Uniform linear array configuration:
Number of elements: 4
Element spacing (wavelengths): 0.25
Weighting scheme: uniform
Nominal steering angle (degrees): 45
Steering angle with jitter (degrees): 45.805
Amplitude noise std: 0.05
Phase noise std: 0.05

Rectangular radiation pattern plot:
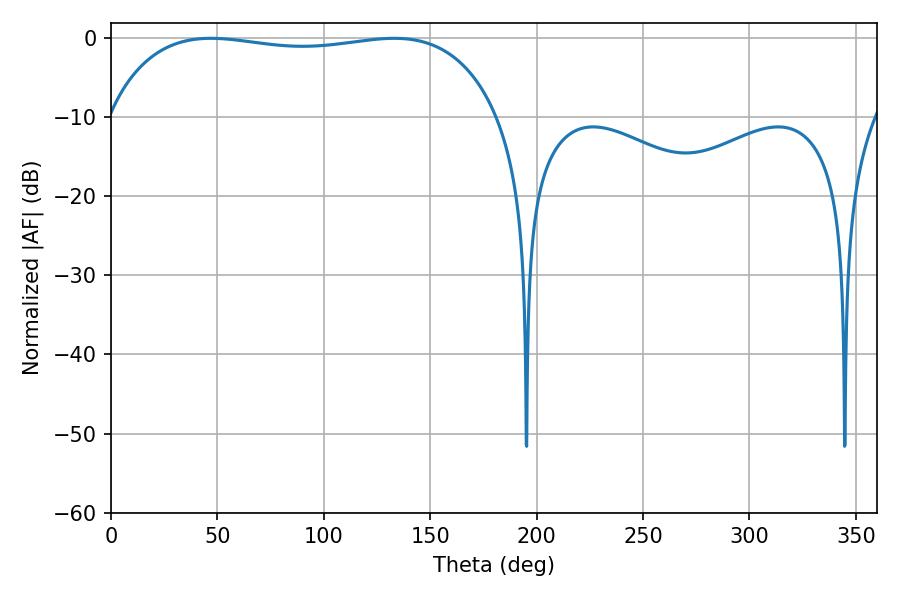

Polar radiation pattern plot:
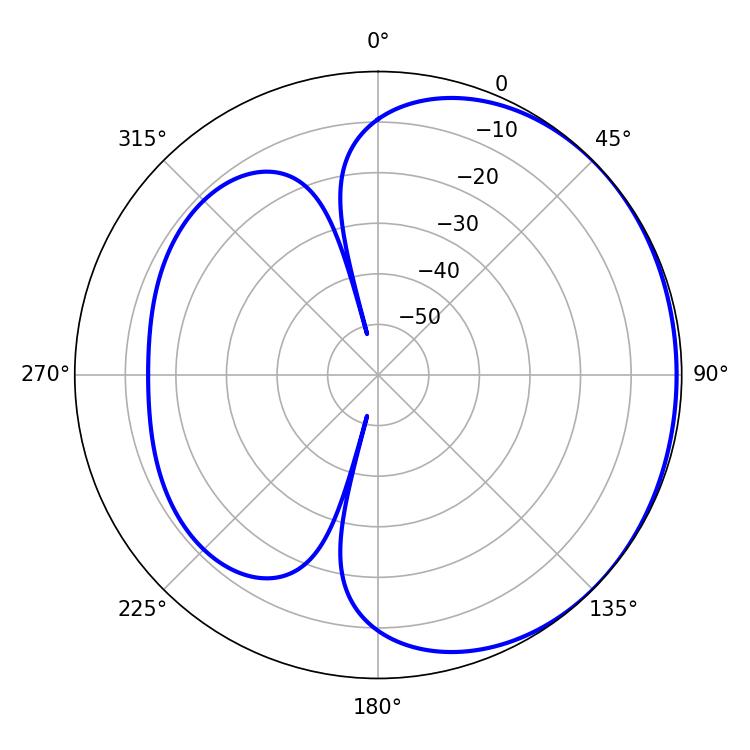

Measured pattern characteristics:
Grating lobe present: FALSE
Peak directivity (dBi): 0.9298
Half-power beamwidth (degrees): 147.6
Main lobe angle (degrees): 46.98